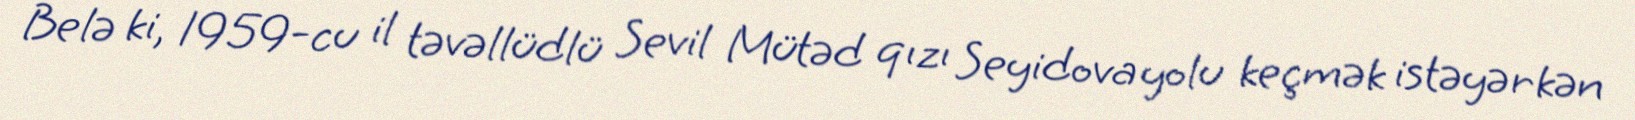
Belə ki, 1959-cu il təvəllüdlü Sevil Mütəd qızı Seyidova yolu keçmək istəyərkən